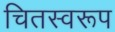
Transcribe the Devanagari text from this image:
चितस्वरूप